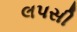
લપસી